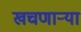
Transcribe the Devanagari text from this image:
खचणार्‍या